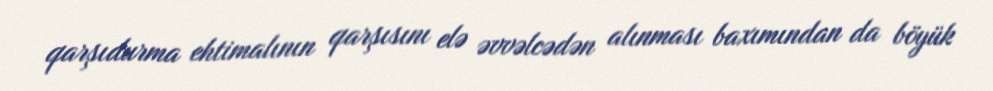
qarşıdurma ehtimalının qarşısını elə əvvəlcədən alınması baxımından da böyük